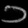
Digit: ၁